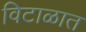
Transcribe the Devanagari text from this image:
विटाळात